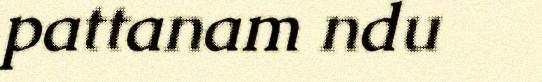
pattanam ndu